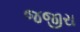
જજીરા